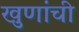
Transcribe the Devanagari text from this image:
खुणांची